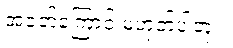
အဝတ်ကြောင့် မဟုတ်ပါဘူး။